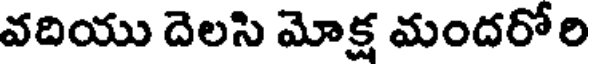
వదియు దెలసి మోక్ష మందరోరి